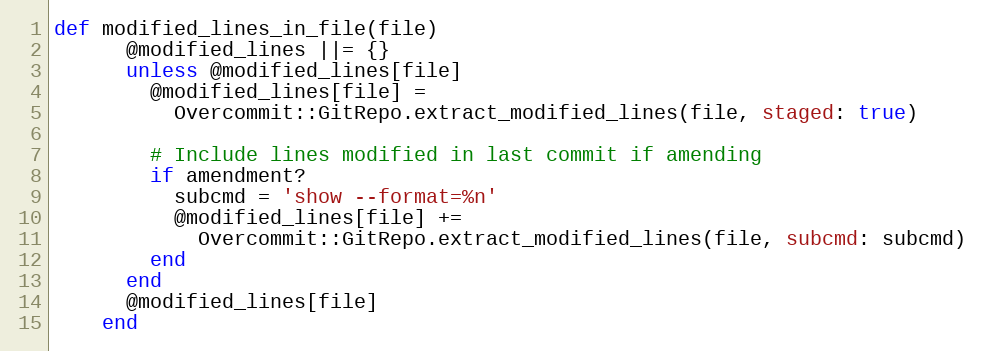
Language: Ruby
def modified_lines_in_file(file)
      @modified_lines ||= {}
      unless @modified_lines[file]
        @modified_lines[file] =
          Overcommit::GitRepo.extract_modified_lines(file, staged: true)

        # Include lines modified in last commit if amending
        if amendment?
          subcmd = 'show --format=%n'
          @modified_lines[file] +=
            Overcommit::GitRepo.extract_modified_lines(file, subcmd: subcmd)
        end
      end
      @modified_lines[file]
    end